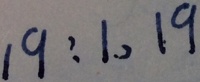
1 9 : 1 , 1 9